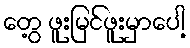
တွေ့ ဖူးမြင်ဖူးမှာပေါ့